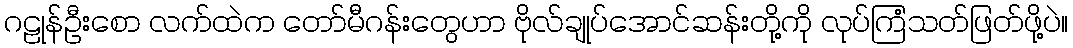
ဂဠုန်ဦးစော လက်ထဲက တော်မီဂန်းတွေဟာ ဗိုလ်ချုပ်အောင်ဆန်းတို့ကို လုပ်ကြံသတ်ဖြတ်ဖို့ပဲ။